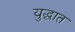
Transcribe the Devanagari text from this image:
युद्घात